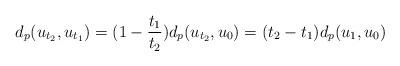
LaTeX: \begin{align*}d_p(u_{t_2},u_{t_1})=(1-\frac{t_1}{t_2})d_p(u_{t_2},u_0)=(t_2-t_1)d_p(u_1,u_0)\end{align*}